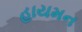
હાયમન